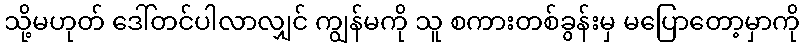
သို့မဟုတ် ဒေါ်တင်ပါလာလျှင် ကျွန်မကို သူ စကားတစ်ခွန်းမှ မပြောတော့မှာကို